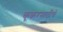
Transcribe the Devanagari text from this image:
कूकरसाठीचे